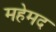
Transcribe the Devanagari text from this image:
महेमद